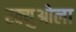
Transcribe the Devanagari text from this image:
स्क्युओला